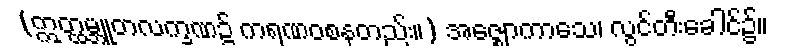
(ဣတ္ထမ္ဘူတလက္ခဏ၌ ကရဏဝစနတည်း။) အဇ္ဈောကာသေ၊ လွင်တီးခေါင်၌။